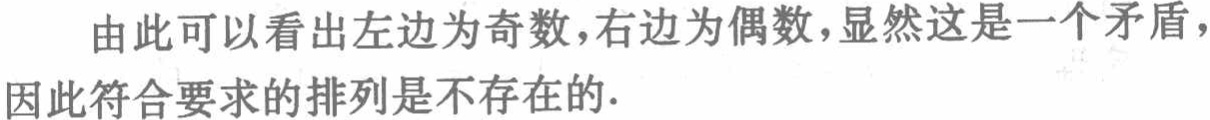
由此可以看出左边为奇数,右边为偶数,显然这是一个矛盾,因此符合要求的排列是不存在的.